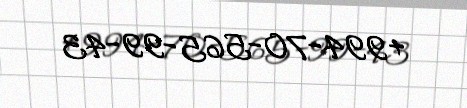
+994-70-565-99-43